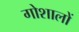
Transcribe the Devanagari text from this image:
गोशालों